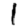
Digit: 1